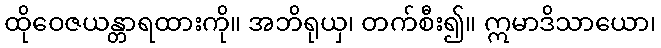
ထိုဝေဇယန္တာရထားကို။ အဘိရုယှ၊ တက်စီး၍။ ဣမာဒိသာယော၊